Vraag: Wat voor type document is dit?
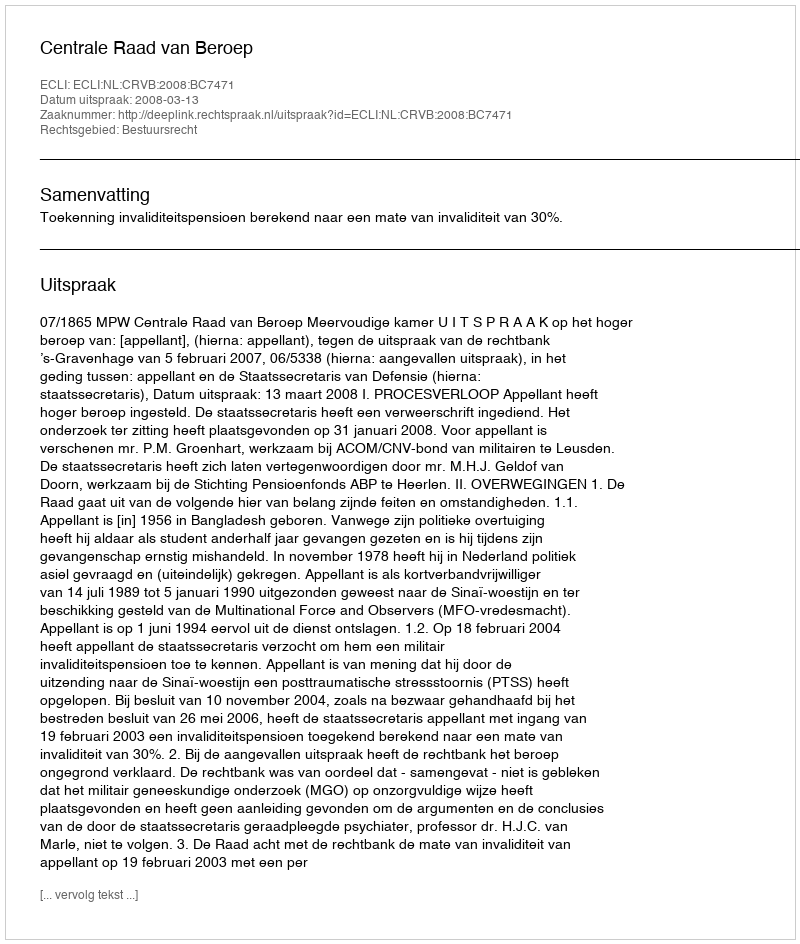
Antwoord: Uitspraak